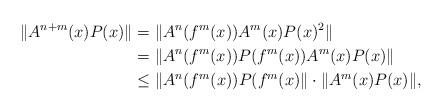
LaTeX: \begin{align*}\lVert A^{n+m}(x)P(x)\rVert &=\lVert A^n(f^m(x))A^m(x)P(x)^2 \rVert \\&=\lVert A^n(f^m(x))P(f^m(x))A^m(x)P(x)\rVert \\&\le \lVert A^n(f^m(x))P(f^m(x) \rVert \cdot \lVert A^m(x)P(x)\rVert,\end{align*}